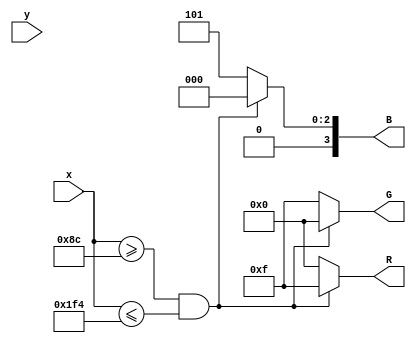
`timescale 1ns / 1ps

module background(
    input[9:0] x,
    input [8:0] y,
    output reg [3:0] R,
    output reg [3:0] G,
    output reg [3:0] B
    );
    
    always@(*) begin
        if (x >= 140 && x <= 500) begin
            R = 15;
            G = 0;
            B = 0;
        end else begin
            R = 0;
            G = 15;
            B = 5;
        end
    end
endmodule